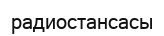
радиостансасы